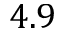
4 . 9